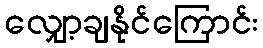
လျှော့ချနိုင်ကြောင်း